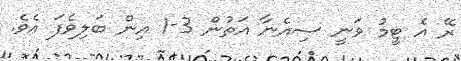
ރޭ އެ ޓީމު ވަނީ ސިއެނާ އަތުން 3-1 އިން ބަލިވެފަ އެވެ.